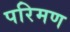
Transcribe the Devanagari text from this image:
परिमण